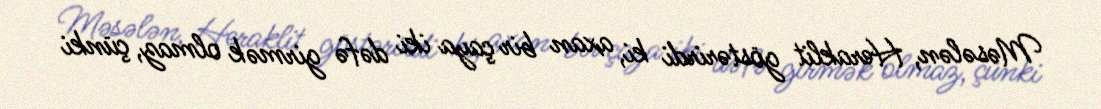
Məsələn, Heraklit göstərirdi ki, axan bir çaya iki dəfə girmək olmaz, çünki